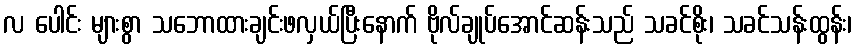
လ ပေါင်း များစွာ သဘောထားချင်းဖလှယ်ပြီးနောက် ဗိုလ်ချုပ်အောင်ဆန်းသည် သခင်စိုး၊ သခင်သန်းထွန်း၊